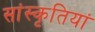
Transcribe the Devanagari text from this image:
सांस्कृतियां